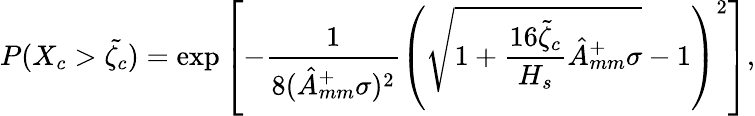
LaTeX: P(X_{c}>\tilde{\zeta_{c}})=\exp\left[-\frac{1}{8({\hat{A}}_{mm}^{+}\sigma)^{2}}\left(\sqrt{1+\frac{16\tilde{\zeta}_{c}}{H_{s}}{\hat{A}}_{mm}^{+}\sigma}-1\right)^{2}\right],